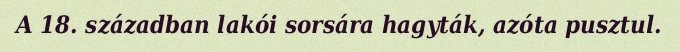
A 18. században lakói sorsára hagyták, azóta pusztul.